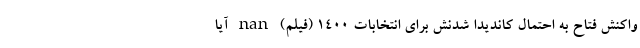
واکنش فتاح به احتمال کاندیدا شدنش برای انتخابات ۱۴۰۰ (فیلم) nan آیا